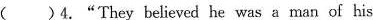
（）4."They believed he was a man of his